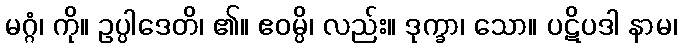
မဂ္ဂံ၊ ကို။ ဥပ္ပါဒေတိ၊ ၏။ ဧဝမ္ပိ၊ လည်း။ ဒုက္ခာ၊ သော။ ပဋိပဒါ နာမ၊